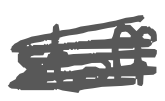
Text: staff
Cross-out: mix
Writing tool: digital_gray